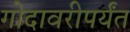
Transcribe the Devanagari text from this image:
गोदावरीपर्यंत